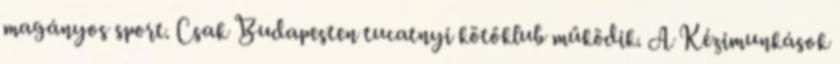
magányos sport. Csak Budapesten tucatnyi kötőklub működik. A Kézimunkások